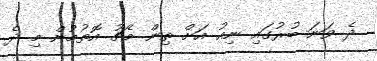
ދެ ވަނަ ބުރުގައި ނިއު އަށް ތިން މެޗު އޮތުމުން މި ދެ